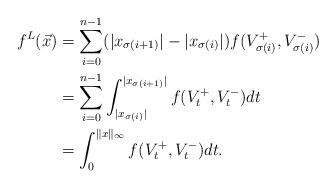
LaTeX: \begin{align*}f^{L}(\vec x)&=\sum_{i=0}^{n-1}(|x_{\sigma(i+1)}|-|x_{\sigma(i)}|)f(V_{\sigma(i)}^+,V_{\sigma(i)}^-)\\&=\sum_{i=0}^{n-1}\int_{|x_{\sigma(i)}|}^{|x_{\sigma(i+1)}|}f(V_{t}^+,V_{t}^-)dt\\&=\int_0^{\|x\|_\infty} f(V_t^+,V_t^-)dt.\end{align*}